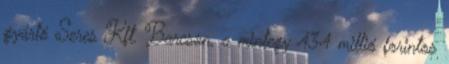
gyártó Seres Kft. Barcson, a mintegy 434 millió forintos